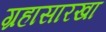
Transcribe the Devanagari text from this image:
ग्रहासारखा